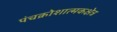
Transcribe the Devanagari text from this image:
पंचक्रोशात्मकक्षेत्र